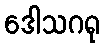
ဒေါသဂရု